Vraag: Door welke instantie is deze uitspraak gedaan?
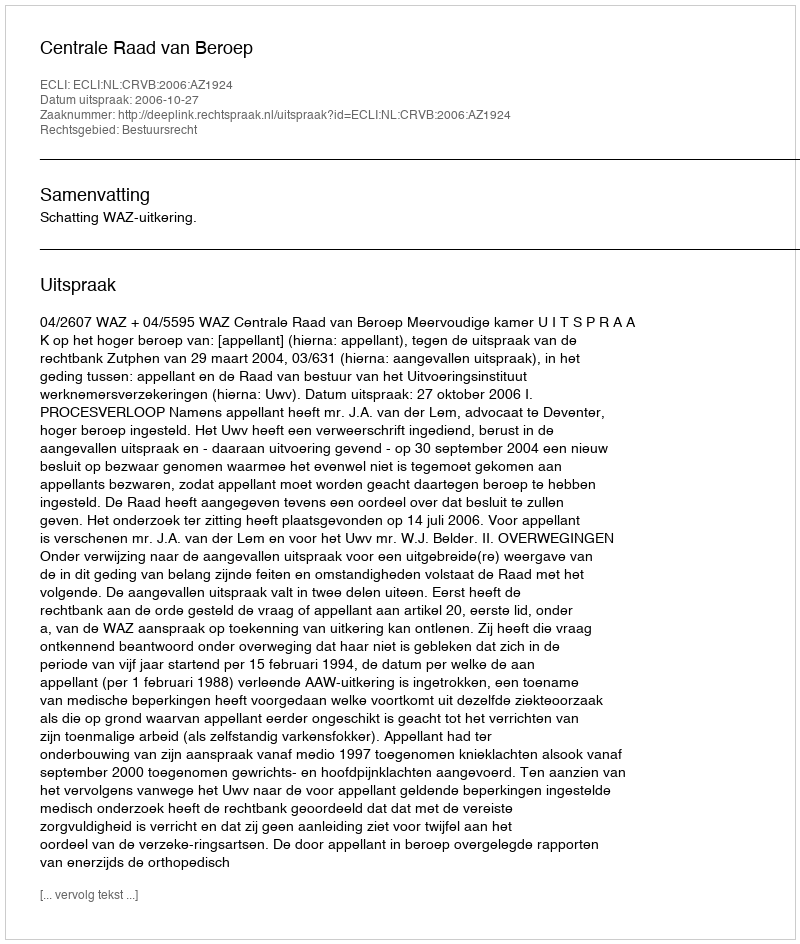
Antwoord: Centrale Raad van Beroep